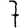
Digit: 7